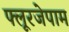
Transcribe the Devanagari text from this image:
फ्लूरजेपाम